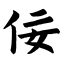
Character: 佞